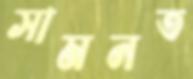
সামনত